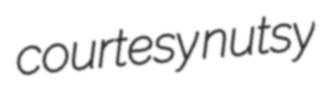
courtesy nutsy